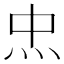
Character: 𤆪